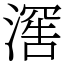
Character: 𬈯